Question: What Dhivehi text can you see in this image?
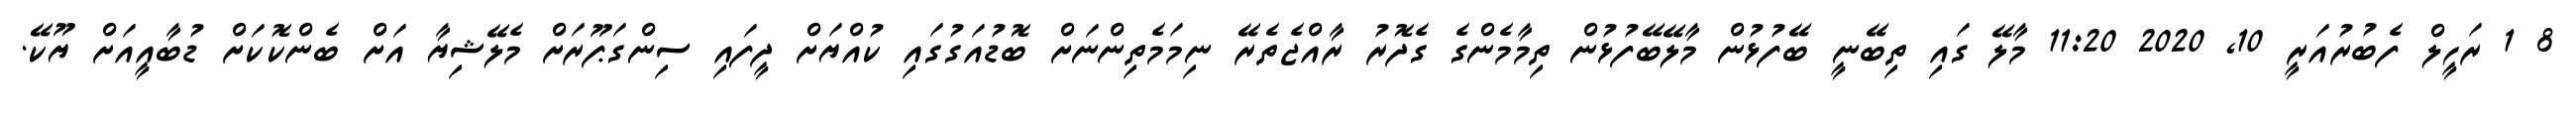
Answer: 8 1 ރަހީލް ފެބުރުއަރީ 10, 2020 11:20 މާލޭ ގައި ތިބޭނީ ބޭފުޅުން މާލޭބޭފުޅުން ތިމާމެންގެ ގެދޮރު ރާއްޖެތެރޭ ނިމަމެތިންނަށް ބޮޑުއަގުގައި ކުއްޔަށް ދީފައި ސިންގަޕޫރަށް މެލޭޝިޔާ އަށް ބެންކޮކަށް ޑުބާއީއަށް ޔޫކޭ.